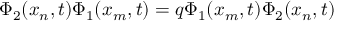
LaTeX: \Phi _ { 2 } ( x _ { n } , t ) \Phi _ { 1 } ( x _ { m } , t ) = q \Phi _ { 1 } ( x _ { m } , t ) \Phi _ { 2 } ( x _ { n } , t )